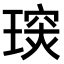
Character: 𤧪